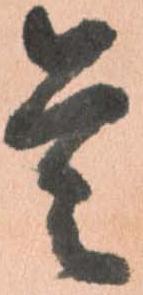
是